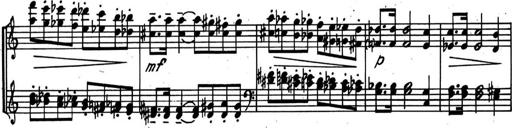
Title: Kleine Sonate
Composer: Raoul Koczalski
Key: C major